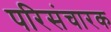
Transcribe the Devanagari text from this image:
परिसंचारक